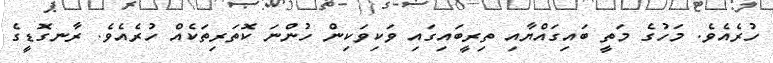
ހުރެއެވެ. މަހުގެ މަތީ ބައިގައްޔާއި ތިރީބައިގައި ވަކިވަކިން ހުންނަ ކޮތަރިތަކެއް ހުރެއެވެ. ރާނގޮޑީގެ